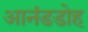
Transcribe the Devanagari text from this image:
आनंडडोह